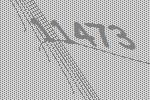
11473